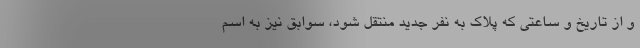
و از تاریخ و ساعتی که پلاک به نفر جدید منتقل شود، سوابق نیز به اسم